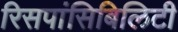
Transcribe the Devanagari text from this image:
रिसपांसिबिलिटी